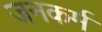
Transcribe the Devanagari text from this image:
जनकर्म